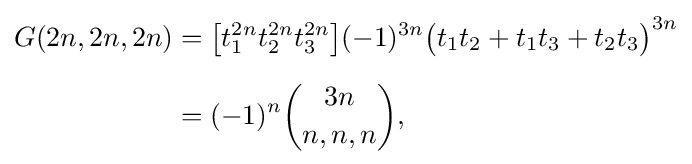
{\begin{aligned}G(2n,2n,2n)&={\bigl [}t_{1}^{2n}t_{2}^{2n}t_{3}^{2n}{\bigl ]}(-1)^{3n}{\bigl (}t_{1}t_{2}+t_{1}t_{3}+t_{2}t_{3}{\bigr )}^{3n}\\[6pt]&=(-1)^{n}{\binom {3n}{n,n,n}},\end{aligned}}